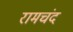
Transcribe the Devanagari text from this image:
रामचंद